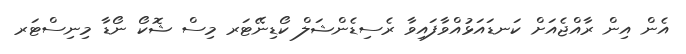
އެން އިން ރާއްޖެއަށް ކަނޑައަޅުއްވާފައިވާ ރެސިޑެންޝަލް ކޯޑިނޭޓަރ މިސް ޝޮކޯ ނޯޑާ މިނިސްޓަރ